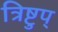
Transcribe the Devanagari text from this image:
त्रिष्टुप्‌